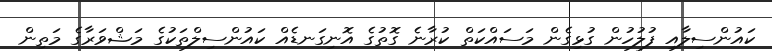
ކައުންސިލާއި ފުލުހުން ގުޅިގެން މަސައްކަތް ކުރާނެ ގޮތުގެ އޮނިގަނޑެއް ކައުންސިލްތަކުގެ މަޝްވަރާގެ މަތިން